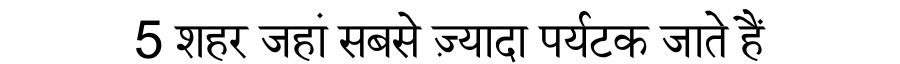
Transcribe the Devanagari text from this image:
5 शहर जहां सबसे ज़्यादा पर्यटक जाते हैं